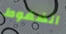
الضغوط